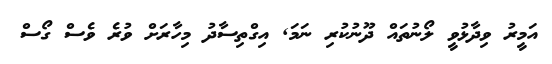
އަމީރު ވިދާޅުވީ ލޯނުތައް ދޫނުކުރި ނަމަ